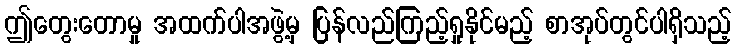
ဤတွေးတောမှု အထက်ပါအဖွဲ့မှ ပြန်လည်ကြည့်ရှုနိုင်မည့် စာအုပ်တွင်ပါရှိသည့်